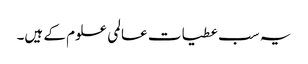
یہ سب عطیات عالمی علوم کے ہیں۔